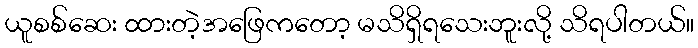
ယူစစ်ဆေး ထားတဲ့အဖြေကတော့ မသိရှိရသေးဘူးလို့ သိရပါတယ်။